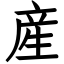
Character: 産